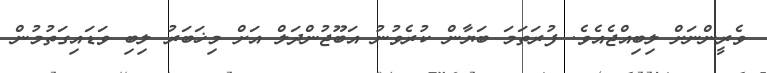
ވެރީންނަށް ލިބިއްޖެއެވެ. ފުރަތަމަ ބަޔާން ކުރެވުނު އަބޫޖުންދަލް އަށް މިޚަބަރު ލިބި ވަޑައިގަތުމުން